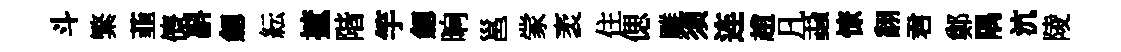
斗繁韮儕斟劔紜摭階竽劔晌邕䝉袤住偲雕须连趙凡蝨憭翻君鄭隅沆陵